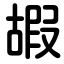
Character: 嘏